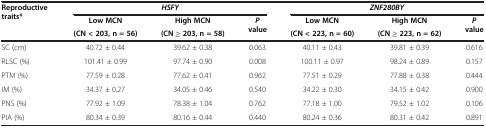
<table><thead><tr><td rowspan="3"><b>Reproductive traits*</b></td><td colspan="3"><b><i>HSFY</i></b></td><td colspan="3"><b><i>ZNF280BY</i></b></td></tr><tr><td><b>Low MCN</b></td><td><b>High MCN</b></td><td rowspan="2"><b><i>P </i>value</b></td><td><b>Low MCN</b></td><td><b>High MCN</b></td><td rowspan="2"><b><i>P </i>value</b></td></tr><tr><td><b>(CN &lt; 203, n = 56)</b></td><td><b>(CN ≥ 203, n = 58)</b></td><td><b>(CN &lt; 223, n = 60)</b></td><td><b>(CN ≥ 223, n = 62)</b></td></tr></thead><tbody><tr><td>SC (cm)</td><td>40.72 ± 0.44</td><td>39.62 ± 0.38</td><td>0.063</td><td>40.11 ± 0.43</td><td>39.81 ± 0.39</td><td>0.616</td></tr><tr><td>RLSC (%)</td><td>101.41 ± 0.99</td><td>97.74 ± 0.90</td><td>0.008</td><td>100.11 ± 0.97</td><td>98.24 ± 0.89</td><td>0.157</td></tr><tr><td>PTM (%)</td><td>77.59 ± 0.28</td><td>77.62 ± 0.41</td><td>0.962</td><td>77.51 ± 0.29</td><td>77.88 ± 0.38</td><td>0.444</td></tr><tr><td>IM (%)</td><td>34.37 ± 0.27</td><td>34.05 ± 0.46</td><td>0.540</td><td>34.22 ± 0.30</td><td>34.15 ± 0.42</td><td>0.900</td></tr><tr><td>PNS (%)</td><td>77.92 ± 1.09</td><td>78.38 ± 1.04</td><td>0.762</td><td>77.18 ± 1.00</td><td>79.52 ± 1.02</td><td>0.106</td></tr><tr><td>PIA (%)</td><td>80.34 ± 0.39</td><td>80.16 ± 0.44</td><td>0.440</td><td>80.24 ± 0.36</td><td>80.31 ± 0.42</td><td>0.891</td></tr></tbody></table>